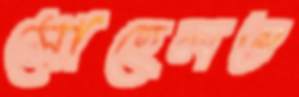
সোহেলও